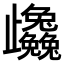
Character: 𭭼